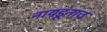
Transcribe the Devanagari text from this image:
नायडूंनाच